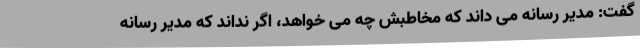
گفت: مدیر رسانه می داند که مخاطبش چه می خواهد، اگر نداند که مدیر رسانه